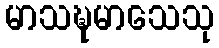
မာသဍ္ဎမာသေသု